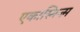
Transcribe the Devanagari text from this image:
एकास्मिज्म़